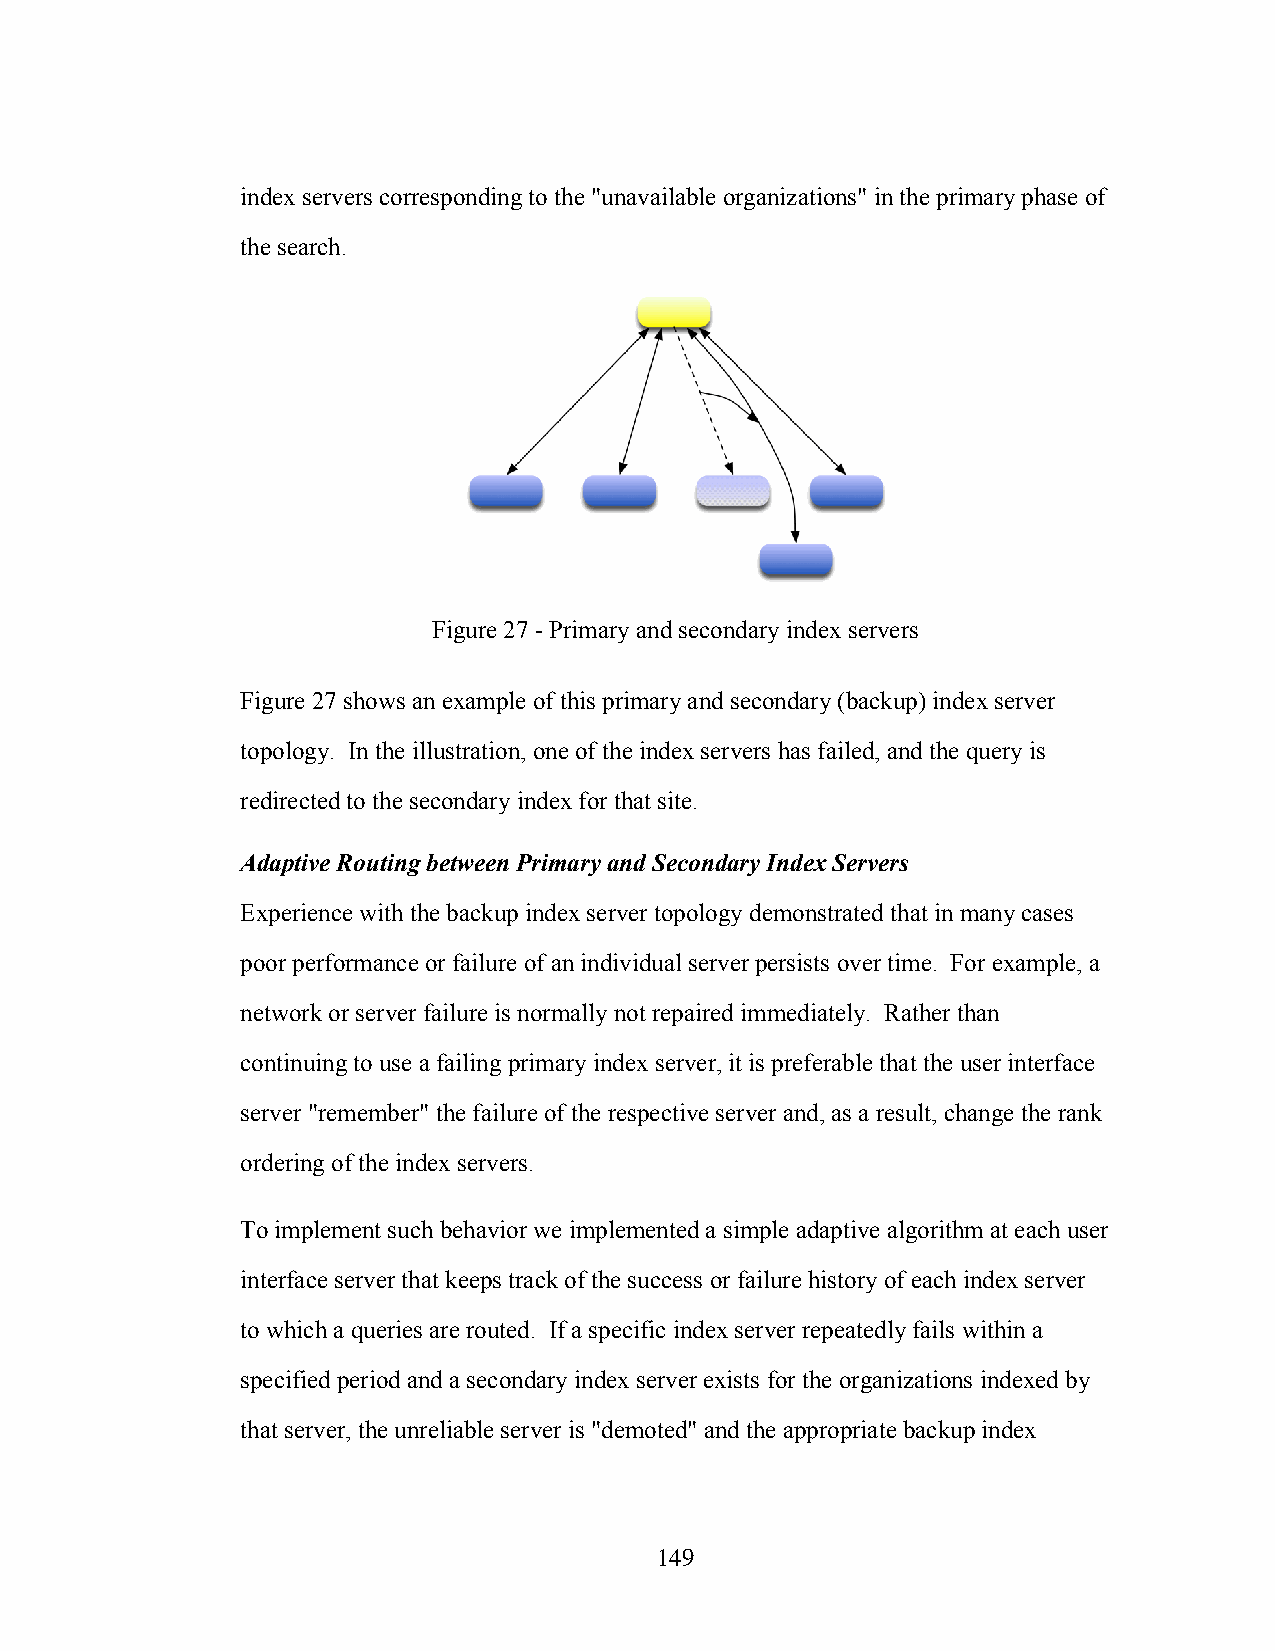
index servers corresponding to the "unavailable organizations" in the primary phase of
 the search.
 Figure 27 - Primary and secondary index servers
 Figure 27 shows an example of this primary and secondary (backup) index server
 topology. In the illustration, one of the index servers has failed, and the query is
 redirected to the secondary index for that site.
 Adaptive Routing between Primary and Secondary Index Servers
 Experience with the backup index server topology demonstrated that in many cases
 poor performance or failure of an individual server persists over time. For example, a
 network or server failure is normally not repaired immediately. Rather than
 continuing to use a failing primary index server, it is preferable that the user interface
 server "remember" the failure of the respective server and, as a result, change the rank
 ordering of the index servers.
 To implement such behavior we implemented a simple adaptive algorithm at each user
 interface server that keeps track of the success or failure history of each index server
 to which a queries are routed. If a specific index server repeatedly fails within a
 specified period and a secondary index server exists for the organizations indexed by
 that server, the unreliable server is "demoted" and the appropriate backup index
 149